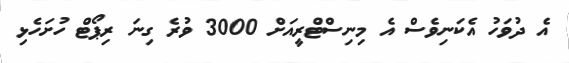
އެ ދުވަހު އެކަނިވެސް އެ މިނިސްޓްރީއަށް 3000 ވުރެ ގިނަ ރިޕޯޓް ހުށަހެޅި